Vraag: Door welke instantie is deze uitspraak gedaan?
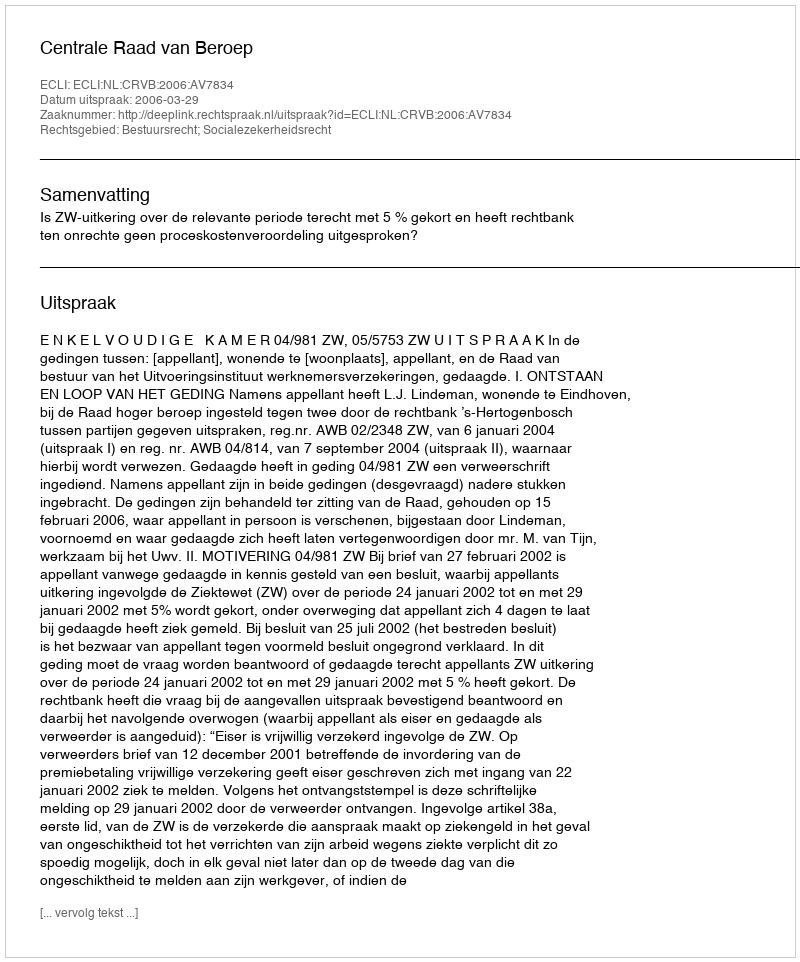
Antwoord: Centrale Raad van Beroep